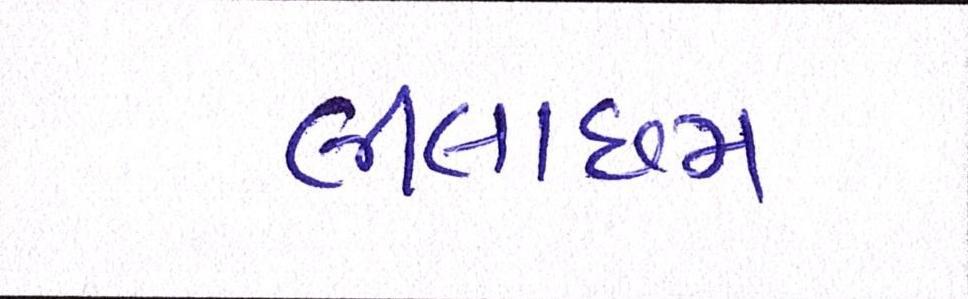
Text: લીલાછમ